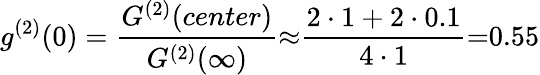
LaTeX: g^{(2)}(0)=\frac{G^{(2)}(center)}{G^{(2)}(\infty)}{\approx}\frac{2\cdot 1+2\cdot 0.1}{4\cdot 1}{=}0.55